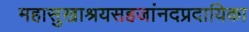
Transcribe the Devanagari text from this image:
महासुखाश्रयसहजांनदप्रदायिका